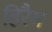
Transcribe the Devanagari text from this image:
हिरैम